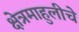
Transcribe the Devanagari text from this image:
क्षेत्रमाहुलीचे